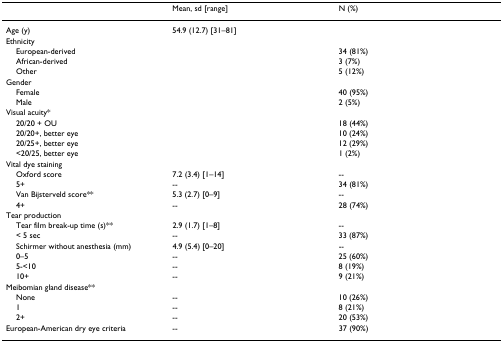
<table><thead><tr><td></td><td><b>Mean, sd [range]</b></td><td><b>N (%)</b></td></tr></thead><tbody><tr><td>Age (y)</td><td>54.9 (12.7) [31–81]</td><td></td></tr><tr><td>Ethnicity</td><td></td><td></td></tr><tr><td> European-derived</td><td></td><td>34 (81%)</td></tr><tr><td> African-derived</td><td></td><td>3 (7%)</td></tr><tr><td> Other</td><td></td><td>5 (12%)</td></tr><tr><td>Gender</td><td></td><td></td></tr><tr><td> Female</td><td></td><td>40 (95%)</td></tr><tr><td> Male</td><td></td><td>2 (5%)</td></tr><tr><td>Visual acuity*</td><td></td><td></td></tr><tr><td> 20/20 + OU</td><td></td><td>18 (44%)</td></tr><tr><td> 20/20+, better eye</td><td></td><td>10 (24%)</td></tr><tr><td> 20/25+, better eye</td><td></td><td>12 (29%)</td></tr><tr><td> &lt;20/25, better eye</td><td></td><td>1 (2%)</td></tr><tr><td>Vital dye staining</td><td></td><td></td></tr><tr><td> Oxford score</td><td>7.2 (3.4) [1–14]</td><td>--</td></tr><tr><td> 5+</td><td>--</td><td>34 (81%)</td></tr><tr><td> Van Bijsterveld score**</td><td>5.3 (2.7) [0–9]</td><td>--</td></tr><tr><td> 4+</td><td>--</td><td>28 (74%)</td></tr><tr><td>Tear production</td><td></td><td></td></tr><tr><td> Tear film break-up time (s)**</td><td>2.9 (1.7) [1–8]</td><td>--</td></tr><tr><td> &lt; 5 sec</td><td>--</td><td>33 (87%)</td></tr><tr><td> Schirmer without anesthesia (mm)</td><td>4.9 (5.4) [0–20]</td><td>--</td></tr><tr><td> 0–5</td><td>--</td><td>25 (60%)</td></tr><tr><td> 5-&lt;10</td><td>--</td><td>8 (19%)</td></tr><tr><td> 10+</td><td>--</td><td>9 (21%)</td></tr><tr><td>Meibomian gland disease**</td><td></td><td></td></tr><tr><td> None</td><td>--</td><td>10 (26%)</td></tr><tr><td> 1</td><td>--</td><td>8 (21%)</td></tr><tr><td> 2+</td><td>--</td><td>20 (53%)</td></tr><tr><td>European-American dry eye criteria</td><td>--</td><td>37 (90%)</td></tr></tbody></table>